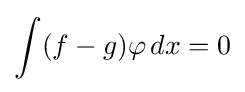
\int (f-g)\varphi \,dx=0